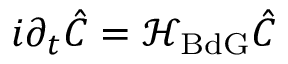
i \partial _ { t } \hat { C } = \mathcal { H } _ { \mathrm { B d G } } \hat { C }